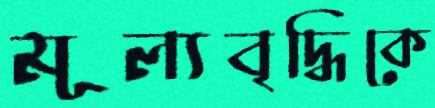
মূল্যবৃদ্ধিকে